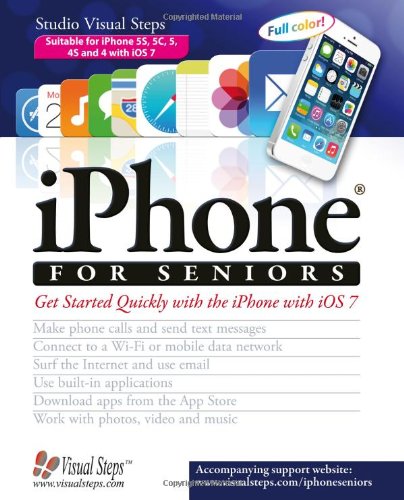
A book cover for iPhone for Seniors: Get Started Quickly with the iPhone with iOS 7 (Computer Books for Seniors series); Studio Visual Steps; Computers & Technology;